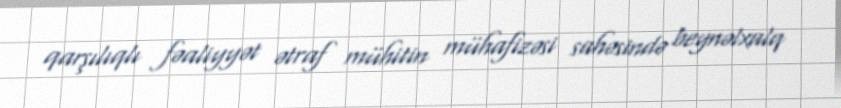
qarşılıqlı fəaliyyət ətraf mühitin mühafizəsi sahəsində beynəlxalq